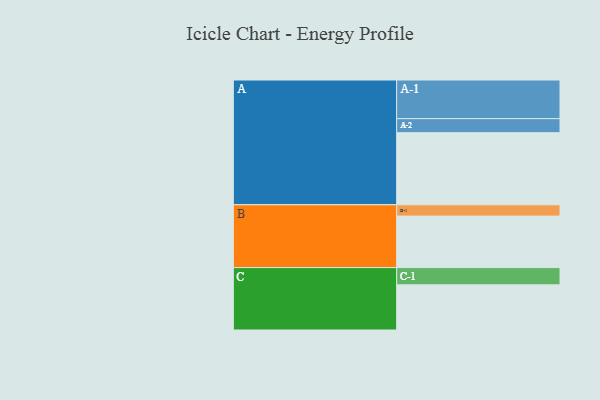
{"axis": {"x": "Segment", "y": "Value"}, "legend": ["", "A", "B", "C"], "data": [{"x": "A", "y": 498, "type": ""}, {"x": "B", "y": 356, "type": ""}, {"x": "C", "y": 312, "type": ""}, {"x": "A-1", "y": 267, "type": "A"}, {"x": "A-2", "y": 97, "type": "A"}, {"x": "B-1", "y": 78, "type": "B"}, {"x": "C-1", "y": 119, "type": "C"}]}